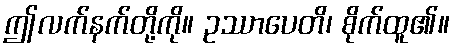
ဤလက်နက်တို့ကို။ ဥဿာပေတိ၊ စိုက်ထူ၏။